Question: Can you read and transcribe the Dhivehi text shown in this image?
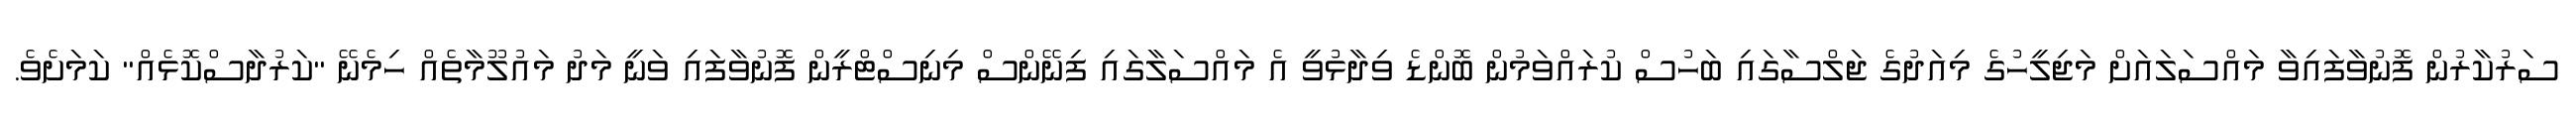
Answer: ސަރުކާރުން ފޮނުވާފައިވާ މައްސަލައަށް މަޖިލީހުގެ މިއަދުގެ ޖަލްސާގައި ބަހުސް ކުރައްވަމުން ބޮންޑެ ވިދާޅުވީ އެ މައްސަލާގައި ފިނޭންސް މިނިސްޓްރީން ފޮނުވާފައި ވަނީ މަދު މައުލޫމާތެއް ހިމެނޭ "ކަރުދާސްކޮޅެއް" ކަމަށެވެ.